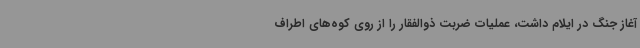
آغاز جنگ در ایلام داشت، عملیات ضربت ذوالفقار را از روی کوه‌های اطراف